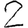
Digit: 2